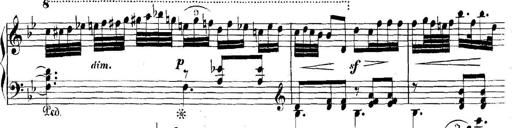
Title: Collected Piano Sonatas
Composer: Muzio Clementi